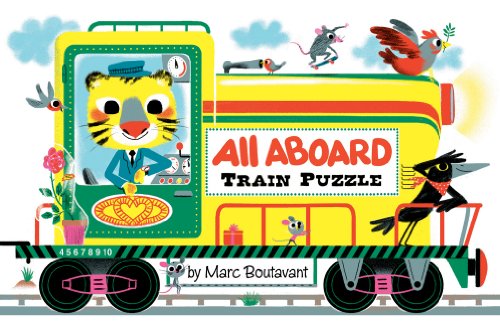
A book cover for All Aboard Train Puzzle; Children's Books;